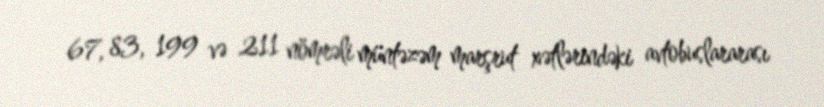
67, 83, 199 və 211 nömrəli müntəzəm marşrut xətlərindəki avtobuslararası